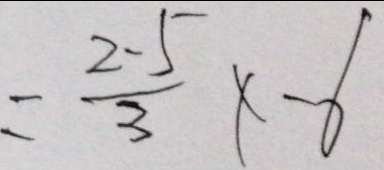
= \frac { 2 - 5 } { 3 } x - 6